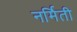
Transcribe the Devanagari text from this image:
नर्मिती